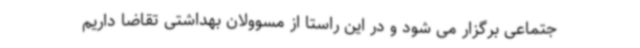
جتماعی برگزار می شود و در این راستا از مسوولان بهداشتی تقاضا داریم